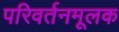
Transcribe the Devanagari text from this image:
परिवर्तनमूलक